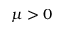
\mu > 0